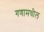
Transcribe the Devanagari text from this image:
गणामधील